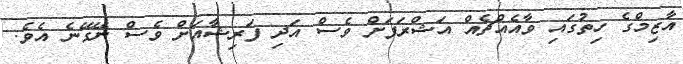
އާޒިމްގެ ހިތުގައި ވާއެއްޗެއް އަޝްރަފަށް ވެސް އަދި ފަރިޝާއަށް ވެސް ނޭގޭނެ އެވެ.